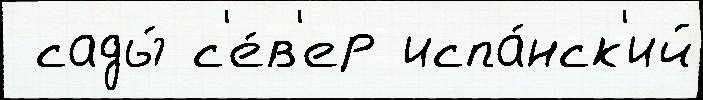
 сады́ с'е́в'ер испа́нск'ий